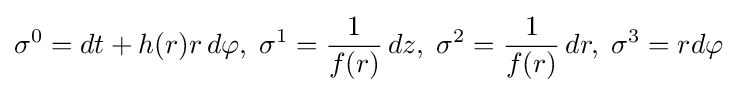
\sigma ^{0}=dt+h(r)r\,d\varphi ,\;\sigma ^{1}={\frac {1}{f(r)}}\,dz,\;\sigma ^{2}={\frac {1}{f(r)}}\,dr,\;\sigma ^{3}=rd\varphi